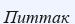
Питтак